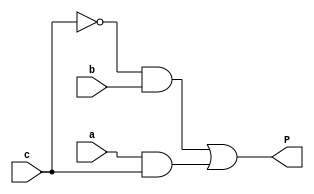
`timescale 1ns / 1ps
//////////////////////////////////////////////////////////////////////////////////
// Company: Linkedin Learning
// 
// Design Name: 
// Module Name: is_prime_gates
// Project Name: 
// Target Devices: 
// Tool Versions: 
// Description: 
// program of prime number using gates method
// Dependencies: 
// 
// Revision:
// Revision 0.01 - File Created
// Additional Comments:
// 
//////////////////////////////////////////////////////////////////////////////////
module is_prime_gates (
    input c,
    input b,
    input a,
    output P
);
    wire w1, w2, w3;
    not(w1, c);
    and(w2, w1, b);
    and(w3, a, c);
    or(P, w2, w3);
endmodule